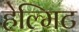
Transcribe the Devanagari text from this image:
हेल्मिट